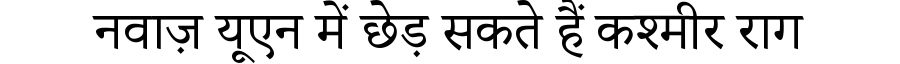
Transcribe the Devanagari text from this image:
नवाज़ यूएन में छेड़ सकते हैं कश्मीर राग